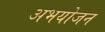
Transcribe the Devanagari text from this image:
अभयोजन